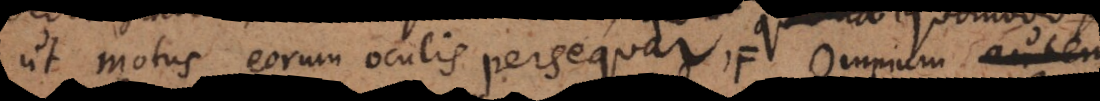
ut motus eorum oculis persequar, quo